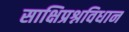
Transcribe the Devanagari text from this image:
साक्षिप्रश्नविधान